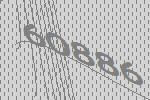
60886